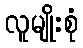
လူမျိုးစုံ